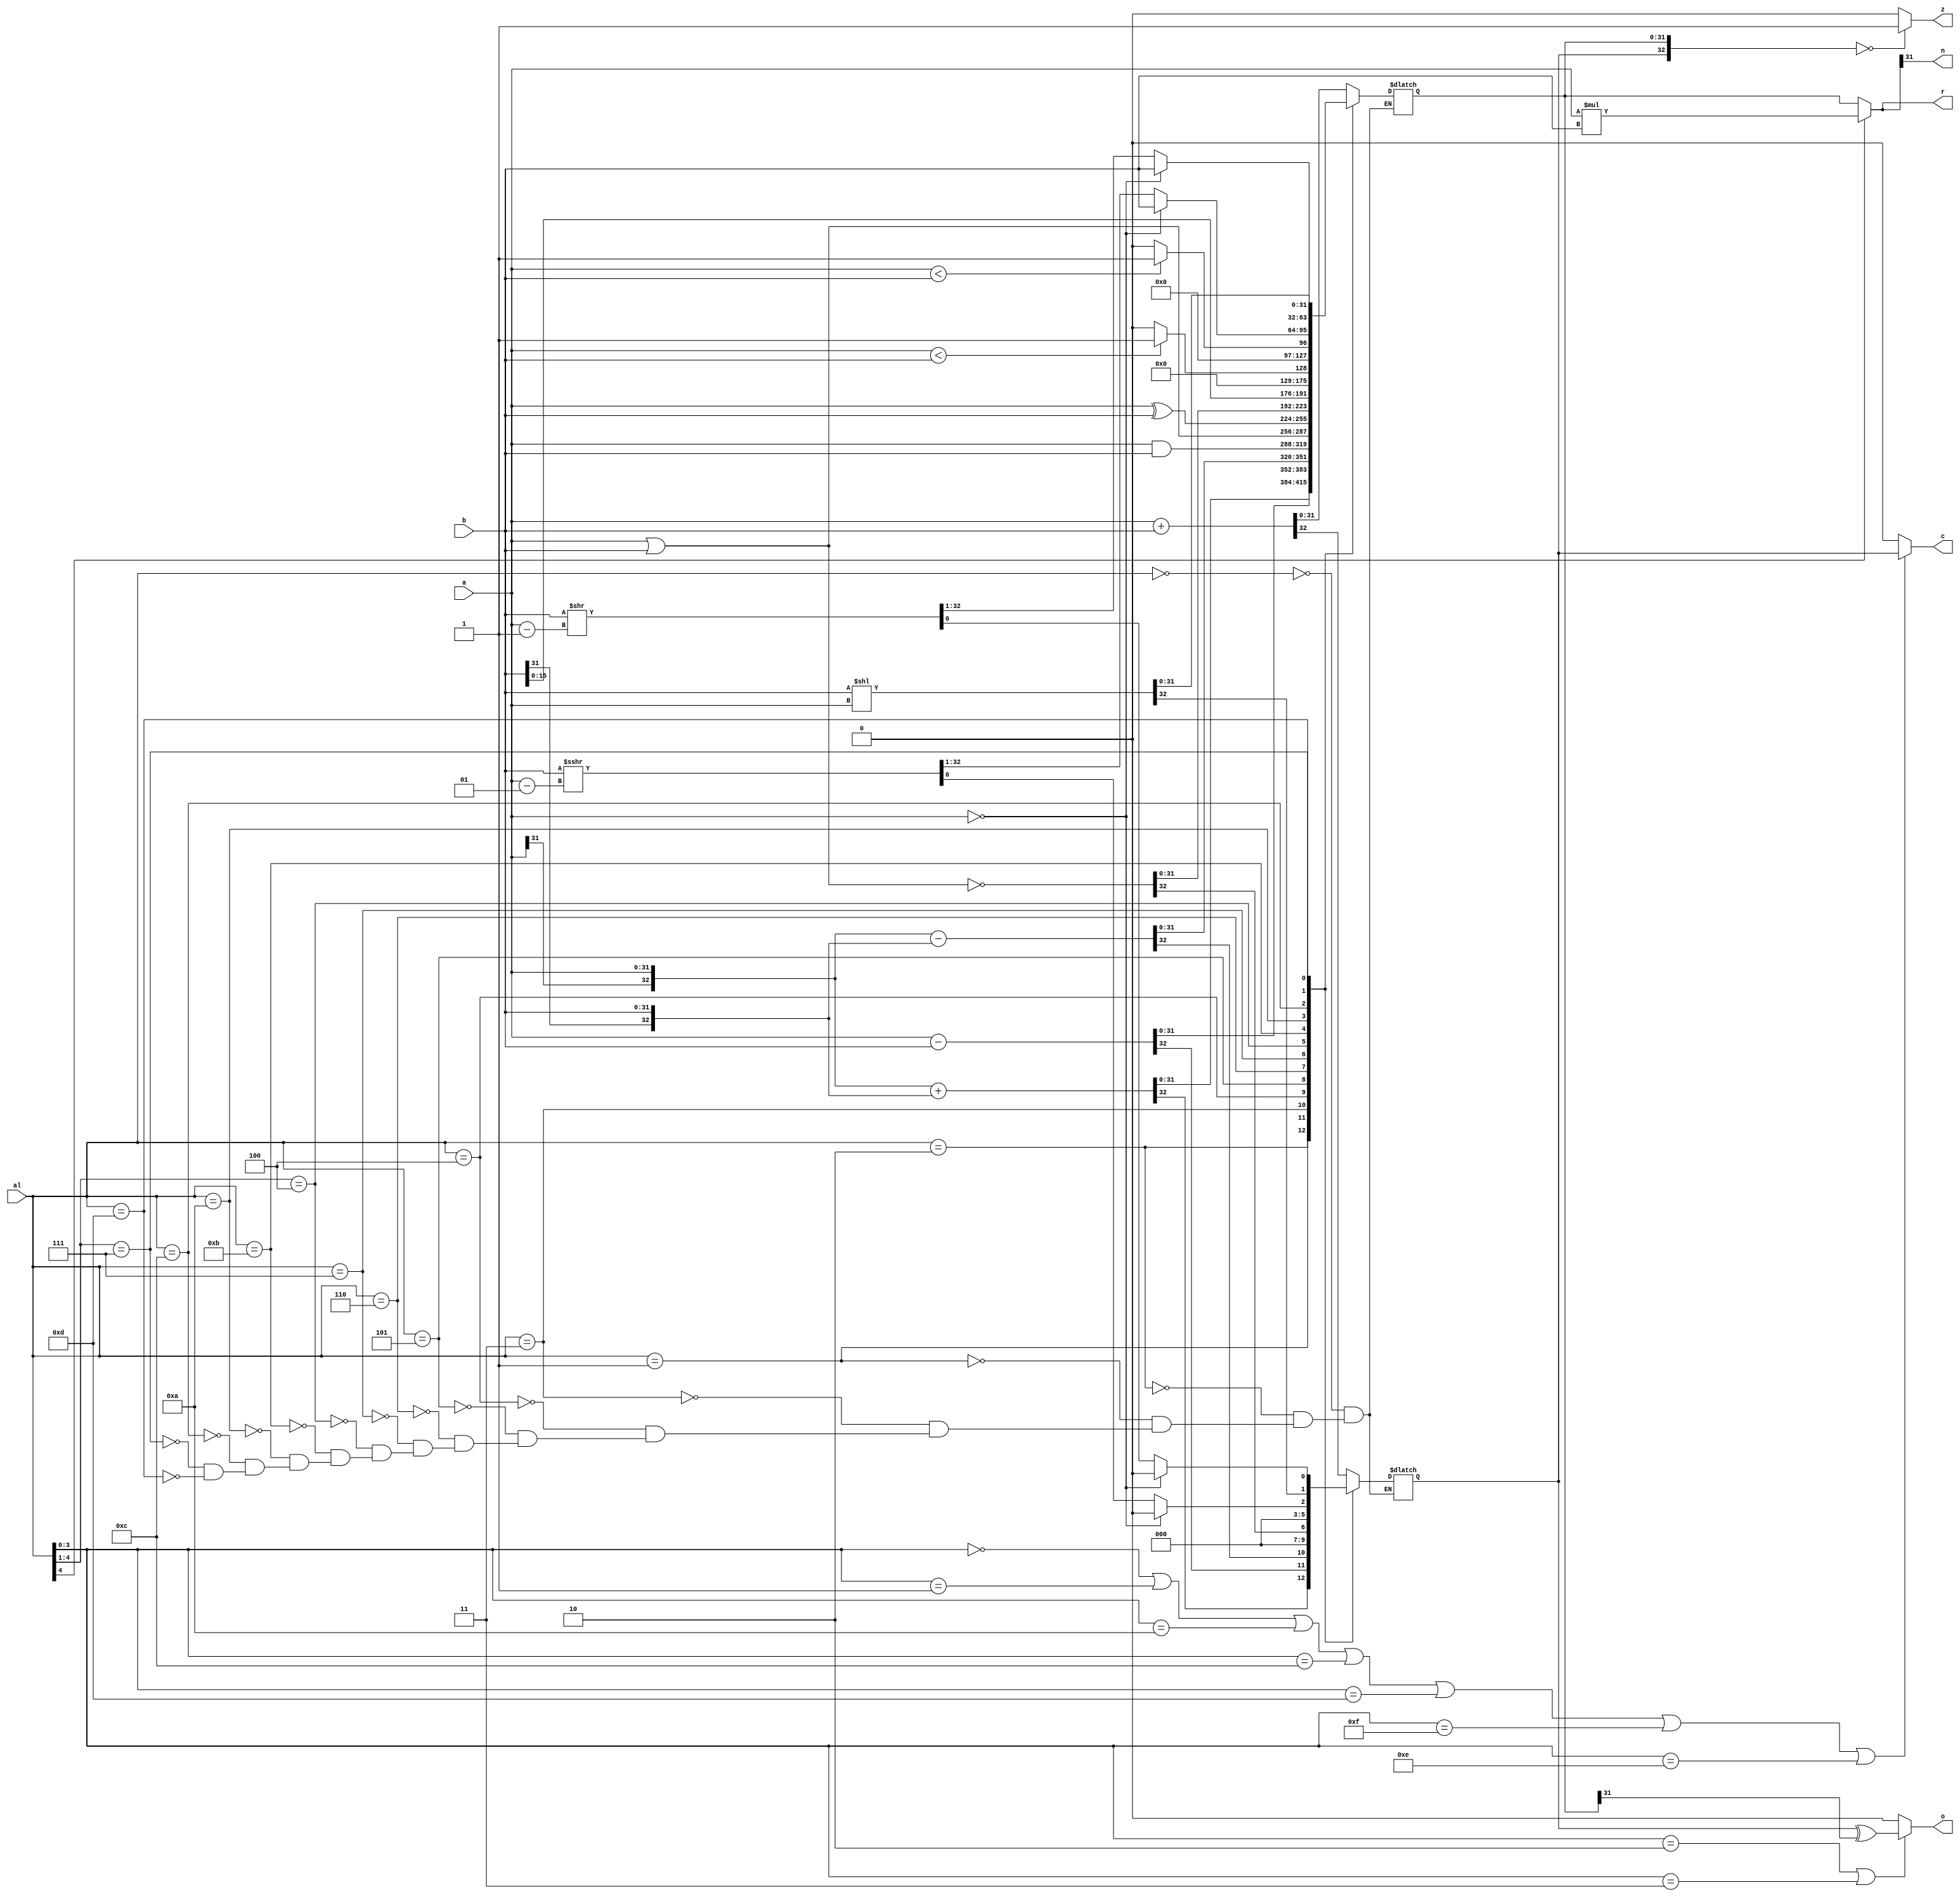
`timescale 1ns / 1ps
//////////////////////////////////////////////////////////////////////////////////
// Company: 
// Engineer: 
// 
// Design Name: 
// Module Name: ALU
// Project Name: 
// Target Devices: 
// Tool Versions: 
// Description: 
// 
// Dependencies: 
// 
// Revision:
// Revision 0.01 - File Created
// Additional Comments:
// 
//////////////////////////////////////////////////////////////////////////////////

module alu(
input [31:0]a,        
input [31:0]b,       
input [4:0]al,  
output [31:0]r,
output z,
output c,
output n,
output o
);
 
reg [32:0] r1;
//ALU,r1r2tatbab
 
wire signed [31:0] ta;
wire signed [31:0] tb;
wire [63:0] z1;
wire [63:0] z2;
wire [3:0] aluc;
wire mul;
assign ta=a;
assign tb=b;
assign z1=ta*tb;

always@ (al or a or b) 
begin
  casez(al)
    5'b00000:begin r1<=a+b;end//ADDU
    5'b00010:begin r1<={a[31],a}+{b[31],b};end//ADD
    5'b00001:begin r1<=a-b;end//SUBU
    5'b00011:begin r1<={a[31],a}-{b[31],b};end//SUB
    5'b00100:begin r1<=a&b;end//AND
    5'b00101:begin r1<=a|b;end//OR
    5'b00110:begin r1<=a^b;end//XOR
    5'b00111:begin r1<=~(a|b);end//NOR
    5'b0100?:begin r1<={b[15:0],16'b0};end//LUI
    5'b01011:begin r1<=(ta<tb)?1:0;end//SLT
    5'b01010:begin r1<=(a<b)?1:0;end//SLTU
    5'b01100:begin if(a==0) {r1[31:0],r1[32]}<={b,1'b0};else {r1[31:0],r1[32]}<=tb>>>(ta-1);end//SRA
    5'b0111?:begin r1<=b<<a;end//SLL/SLR
    5'b01101:begin if(a==0) {r1[31:0],r1[32]}<={b,1'b0};else {r1[31:0],r1[32]}<=b>>(a-1);end//SRL
    default:;
  endcase
end

assign aluc=al[3:0];
assign z2=r1[31:0];
assign mul=al[4];
assign r=(mul)?{z1[31:0]}:{z2[31:0]};
assign c=(aluc==4'b0000|aluc==4'b0001|aluc==4'b1010|aluc==4'b1100|aluc==4'b1101|aluc==4'b1111|aluc==4'b1110)?r1[32]:1'b0;//a-b<01
assign z=(r1==32'b0)?1:0;//z=10,z=00
assign n=r[31];//n=1n=0r[31]1n1
assign o=(aluc==4'b0010|aluc==4'b0011)?(r1[32]^r1[31]):1'b0;//o=1

endmodule